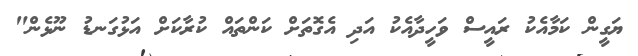
ޔަގީން ކަމާއެކު ރައީސް ވަހީދާއެކު އަދި އެގޮތަށް ކަންތައް ކުރާކަށް އަޅުގަނޑު ނޫޅެން"